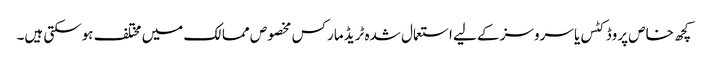
کچھ خاص پروڈکٹس یا سروسز کے لیے استعمال شدہ ٹریڈ مارکس مخصوص ممالک میں مختلف ہوسکتی ہیں۔